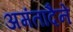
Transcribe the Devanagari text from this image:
अमंतादैने